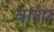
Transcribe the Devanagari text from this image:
बाशर